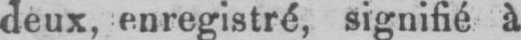
deux, enregistré, signifié à